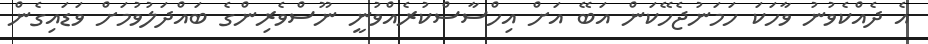
އެ ދެއްކެވުނު ވާހަކަ ހަމަނުޖެހޭކަން އަބޭ އަށް އިހްސާސްކުރެއްވުނީ ނޫސްވެރިންގެ ބައްދަލުވުމަށް ވަޑައިގެން